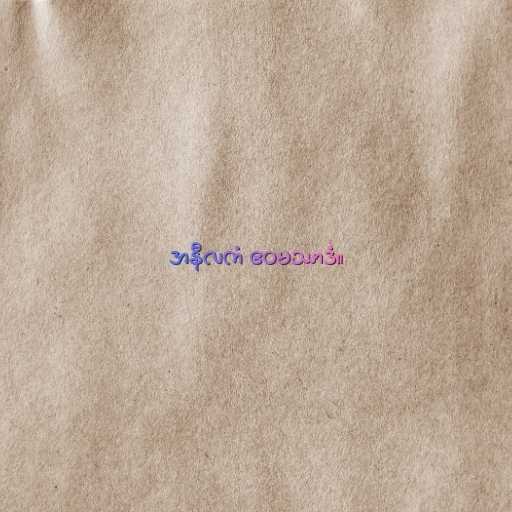
အနီလကံ ဧဝမဿာဒံ။